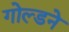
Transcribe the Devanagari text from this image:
गोल्डने